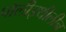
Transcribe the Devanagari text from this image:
पॉलीइथीलीन